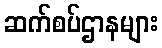
ဆက်စပ်ဌာနများ